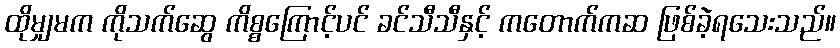
ထိုမျှမက ကိုသက်ဆွေ ကိစ္စကြောင့်ပင် ခင်သီသီနှင့် ကတောက်ကဆ ဖြစ်ခဲ့ရသေးသည်။